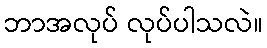
ဘာအလုပ် လုပ်ပါသလဲ။